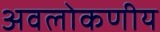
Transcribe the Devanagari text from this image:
अवलोकणीय